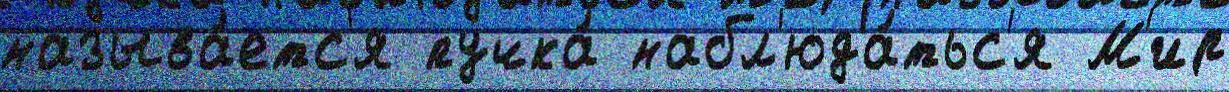
называ́етс'я пучка́ набл'юда́тьс'я М'ир